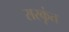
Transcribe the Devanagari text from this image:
सस्कृंत